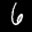
Label: 6